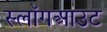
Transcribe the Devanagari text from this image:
स्लॉगआउट